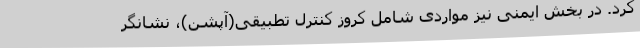
کرد. در بخش ایمنی نیز مواردی شامل کروز کنترل تطبیقی(آپشن)، نشانگر